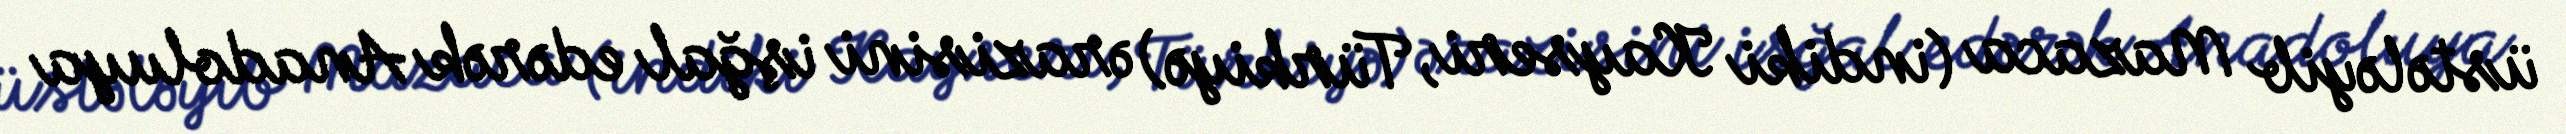
üstələyib Mazaca (indiki Kayseri, Türkiyə) ərazisini işğal edərək Anadoluya